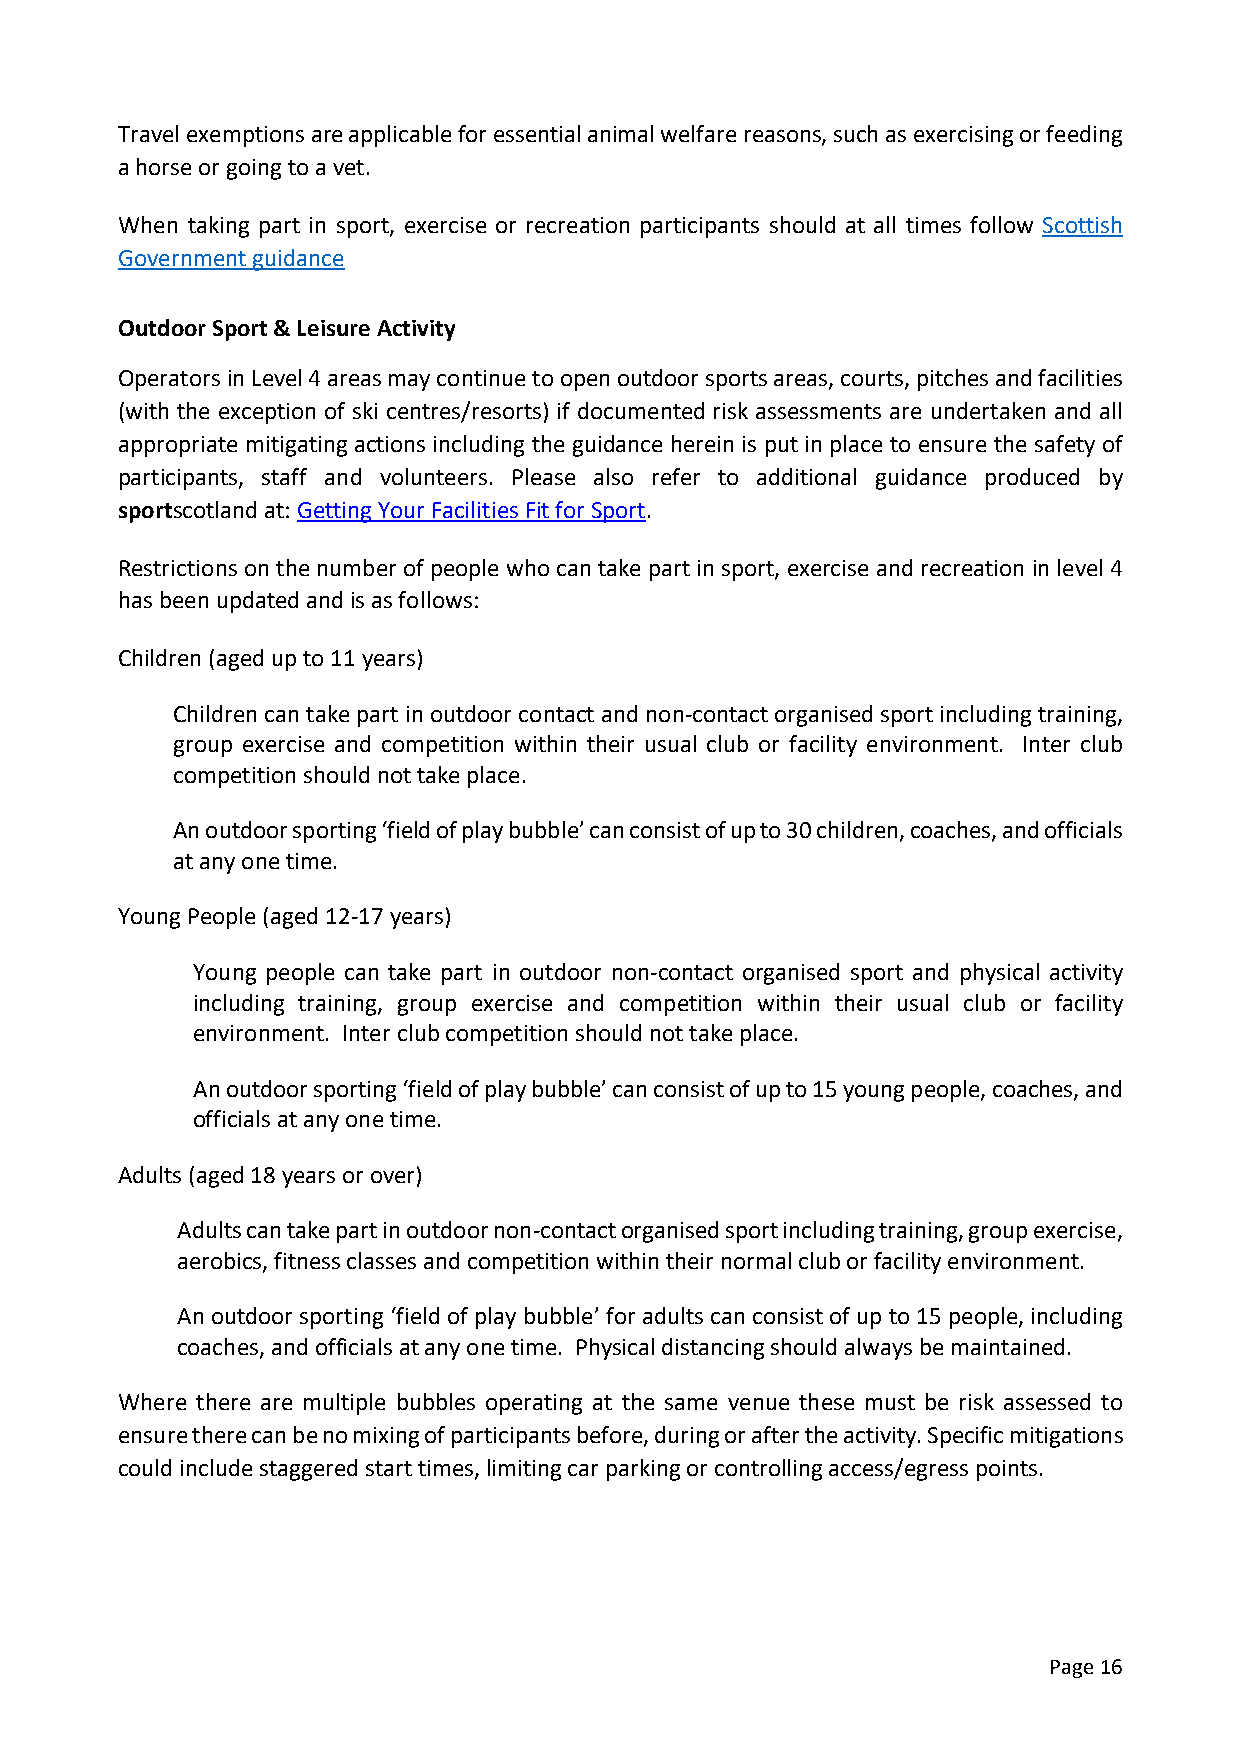
Travel exemptions are applicable for essential animal welfare reasons, such as exercising or feeding
 a horse or going to a vet.
 When taking part in sport, exercise or recreation participants should at all times follow Scottish
 Government guidance
 Outdoor Sport & Leisure Activity
 Operators in Level 4 areas may continue to open outdoor sports areas, courts, pitches and facilities
 (with the exception of ski centres/resorts) if documented risk assessments are undertaken and all
 appropriate mitigating actions including the guidance herein is put in place to ensure the safety of
 participants, staff and volunteers. Please also refer to additional guidance produced by
 sportscotland at: Getting Your Facilities Fit for Sport.
 Restrictions on the number of people who can take part in sport, exercise and recreation in level 4
 has been updated and is as follows:
 Children (aged up to 11 years)
 Children can take part in outdoor contact and non-contact organised sport including training,
 group exercise and competition within their usual club or facility environment. Inter club
 competition should not take place.
 An outdoor sporting ‘field of play bubble’ can consist of up to 30 children, coaches, and officials
 at any one time.
 Young People (aged 12-17 years)
 Young people can take part in outdoor non-contact organised sport and physical activity
 including training, group exercise and competition within their usual club or facility
 environment. Inter club competition should not take place.
 An outdoor sporting ‘field of play bubble’ can consist of up to 15 young people, coaches, and
 officials at any one time.
 Adults (aged 18 years or over)
 Adults can take part in outdoor non-contact organised sport including training, group exercise,
 aerobics, fitness classes and competition within their normal club or facility environment.
 An outdoor sporting ‘field of play bubble’ for adults can consist of up to 15 people, including
 coaches, and officials at any one time. Physical distancing should always be maintained.
 Where there are multiple bubbles operating at the same venue these must be risk assessed to
 ensure there can be no mixing of participants before, during or after the activity. Specific mitigations
 could include staggered start times, limiting car parking or controlling access/egress points.
 Page 16